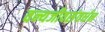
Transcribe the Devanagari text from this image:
वन्यजीवसंवर्धन